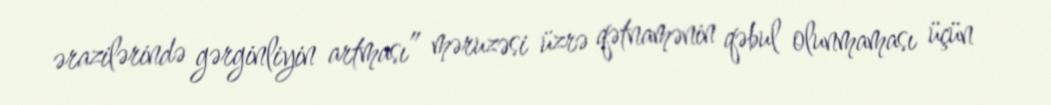
ərazilərində gərginliyin artması” məruzəsi üzrə qətnamənin qəbul olunmaması üçün